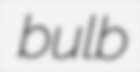
bulb